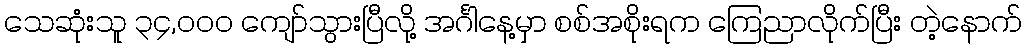
သေဆုံးသူ ၃၄,၀၀၀ ကျော်သွားပြီလို့ အင်္ဂါနေ့မှာ စစ်အစိုးရက ကြေညာလိုက်ပြီး တဲ့နောက်